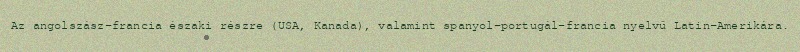
Az angolszász-francia északi részre (USA, Kanada), valamint spanyol–portugál–francia nyelvű Latin-Amerikára.